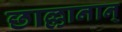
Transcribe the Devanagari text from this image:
छाल्लानान्